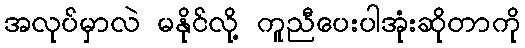
အလုပ်မှာလဲ မနိုင်လို့ ကူညီပေးပါအုံးဆိုတာကို